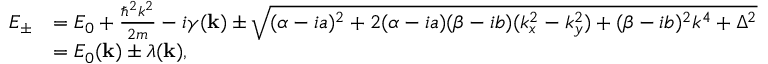
\begin{array} { r l } { E _ { \pm } } & { = E _ { 0 } + \frac { \hbar ^ { 2 } k ^ { 2 } } { 2 m } - i \gamma ( \mathbf { k } ) \pm \sqrt { ( \alpha - i a ) ^ { 2 } + 2 ( \alpha - i a ) ( \beta - i b ) ( k _ { x } ^ { 2 } - k _ { y } ^ { 2 } ) + ( \beta - i b ) ^ { 2 } k ^ { 4 } + \Delta ^ { 2 } } } \\ & { = E _ { 0 } ( \mathbf { k } ) \pm \lambda ( \mathbf { k } ) , } \end{array}